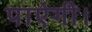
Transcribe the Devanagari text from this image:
पाऐगी।